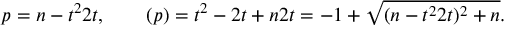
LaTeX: p = { n - t ^ { 2 } \o { 2 t } } , \qquad \b ( p ) = { t ^ { 2 } - 2 t + n \o { 2 t } } = - 1 + \sqrt { ( { n - t ^ { 2 } \o { 2 t } } ) ^ { 2 } + n } .